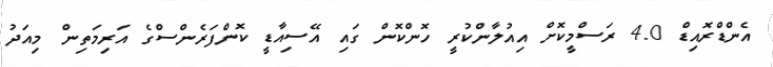
އެންޑްރޮއިޑް 4.0 ރަސްމީކޮށް އިއުލާންކުރީ ހޮންކޮން ގައި އޭސިއާޑީ ކޮންފަރެންސްގެ އަރިމަތިން މިއަދު